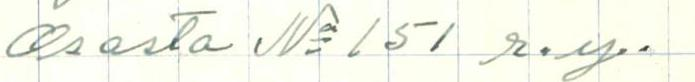
Osasto N:o 151 r.y.